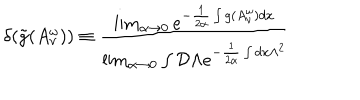
LaTeX: \delta ( \tilde { g } ( A _ { \nu } ^ { \omega } ) ) \equiv \frac { \lim _ { \alpha \rightarrow 0 } e ^ { - \frac { 1 } { 2 \alpha } \int g ( A _ { \nu } ^ { \omega } ) d x } } { \lim _ { \alpha \rightarrow 0 } \int { \cal D } \Lambda e ^ { - \frac { 1 } { 2 \alpha } \int d x \Lambda ^ { 2 } } }